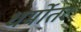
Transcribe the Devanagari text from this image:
धर्मोतर